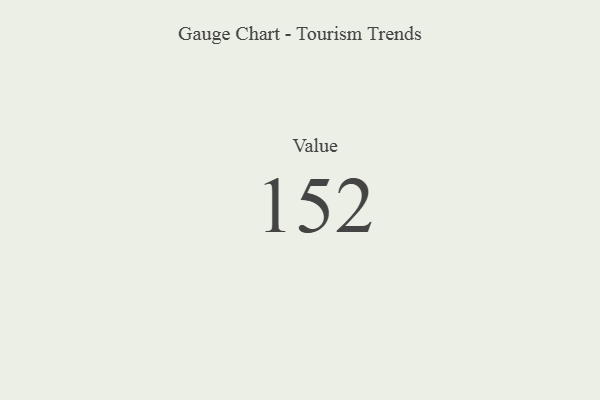
{"axis": {"x": "Metric", "y": "Value"}, "legend": [""], "data": [{"x": "Value", "y": 152, "type": ""}]}